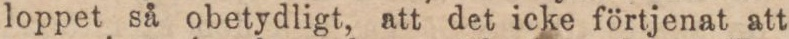
loppet så obetydligt, att det icke förtjenat att